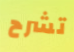
تشرح